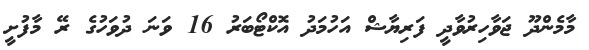
މާމެންދޫ ޖަވާހިރުވާދީ ފަރިޔާޝް އަހުމަދު އޮކްޓޯބަރު 16 ވަނަ ދުވަހުގެ ރޭ މާފުށީ